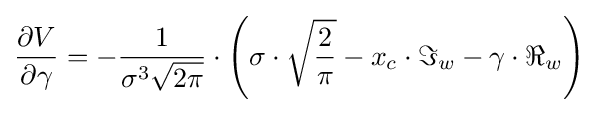
{\begin{aligned}{\frac {\partial V}{\partial \gamma }}=-{\frac {1}{\sigma ^{3}{\sqrt {2\pi }}}}\cdot \left(\sigma \cdot {\sqrt {\frac {2}{\pi }}}-x_{c}\cdot \Im _{w}-\gamma \cdot \Re _{w}\right)\end{aligned}}